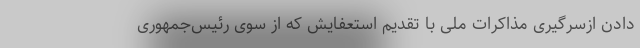
دادن ازسرگیری مذاکرات ملی با تقدیم استعفایش که از سوی رئیس‌جمهوری